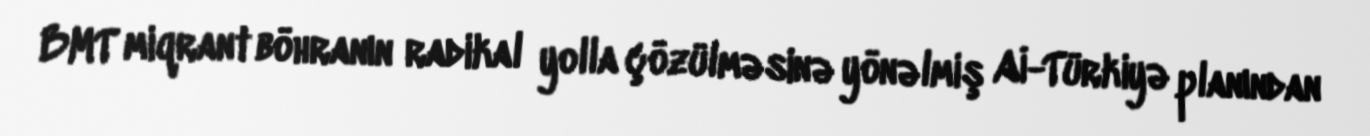
BMT miqrant böhranın radikal yolla çözülməsinə yönəlmiş Aİ-Türkiyə planından